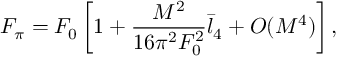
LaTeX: F _ { \pi } = F _ { 0 } \left[ 1 + \frac { M ^ { 2 } } { 1 6 \pi ^ { 2 } F _ { 0 } ^ { 2 } } \bar { l } _ { 4 } + { \cal O } ( M ^ { 4 } ) \right] ,